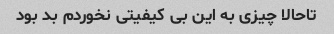
تاحالا چیزی به این بی کیفیتی نخوردم بد بود